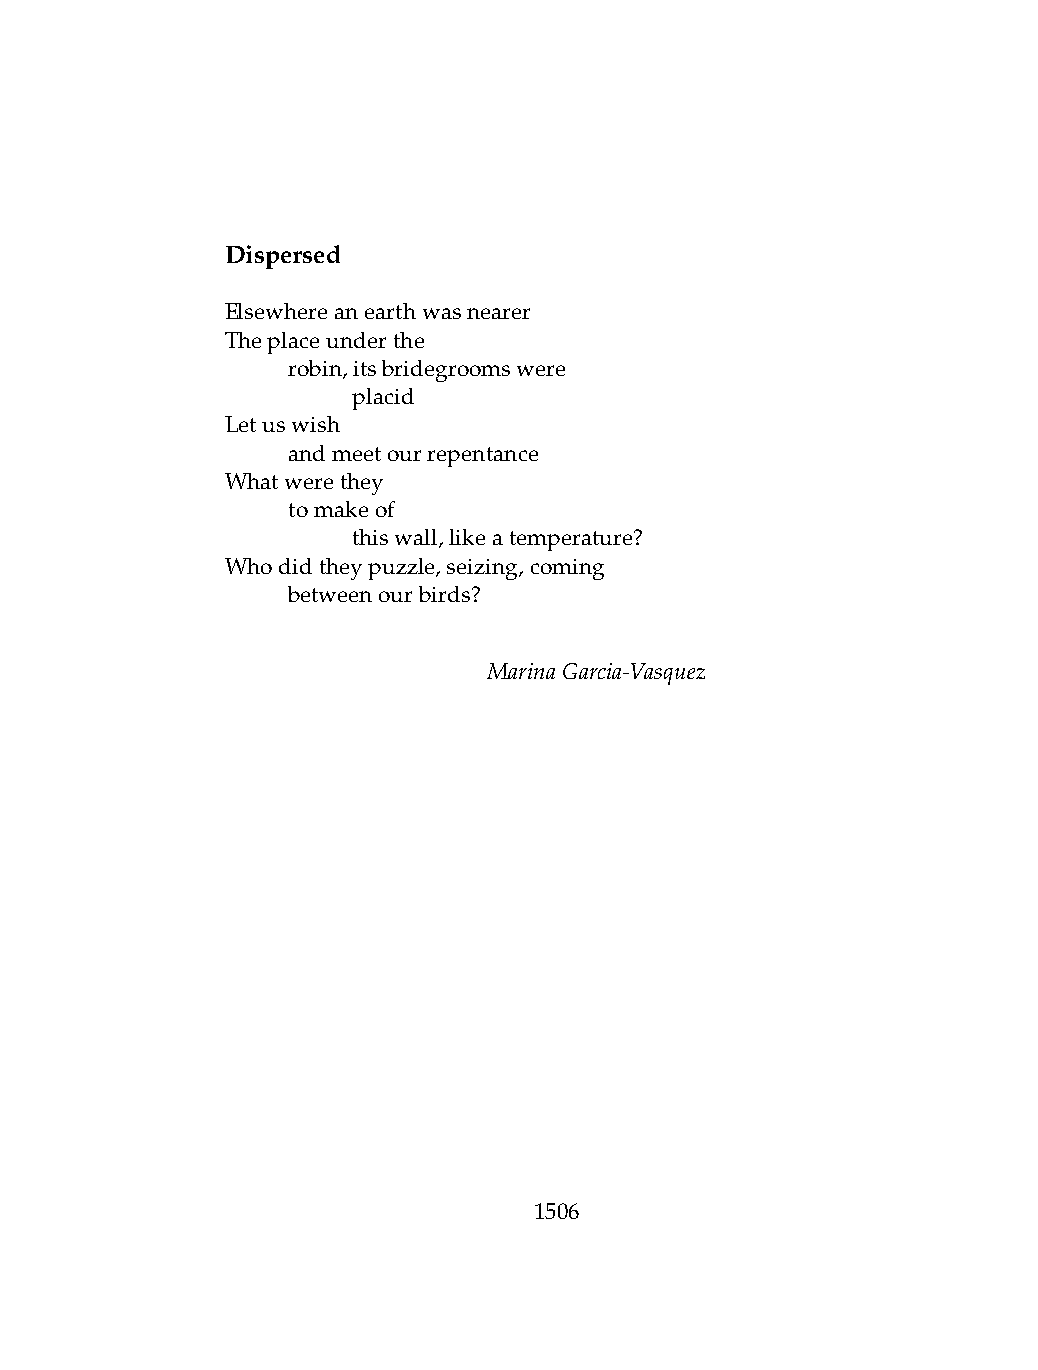
Dispersed
 Elsewhereanearthwasnearer
 Theplaceunderthe
 .   robin,itsbridegroomswere
 .   .   placid
 Letuswish
 .   andmeetourrepentance
 Whatwerethey
 .   tomakeof
 .   .   thiswall,likeatemperature?
 Whodidtheypuzzle,seizing,coming
 .   betweenourbirds?
 MarinaGarcia-Vasquez
 1506